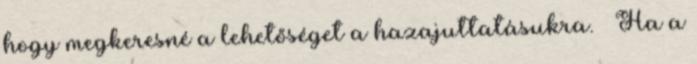
hogy megkeresné a lehetőséget a hazajuttatásukra. – Ha a